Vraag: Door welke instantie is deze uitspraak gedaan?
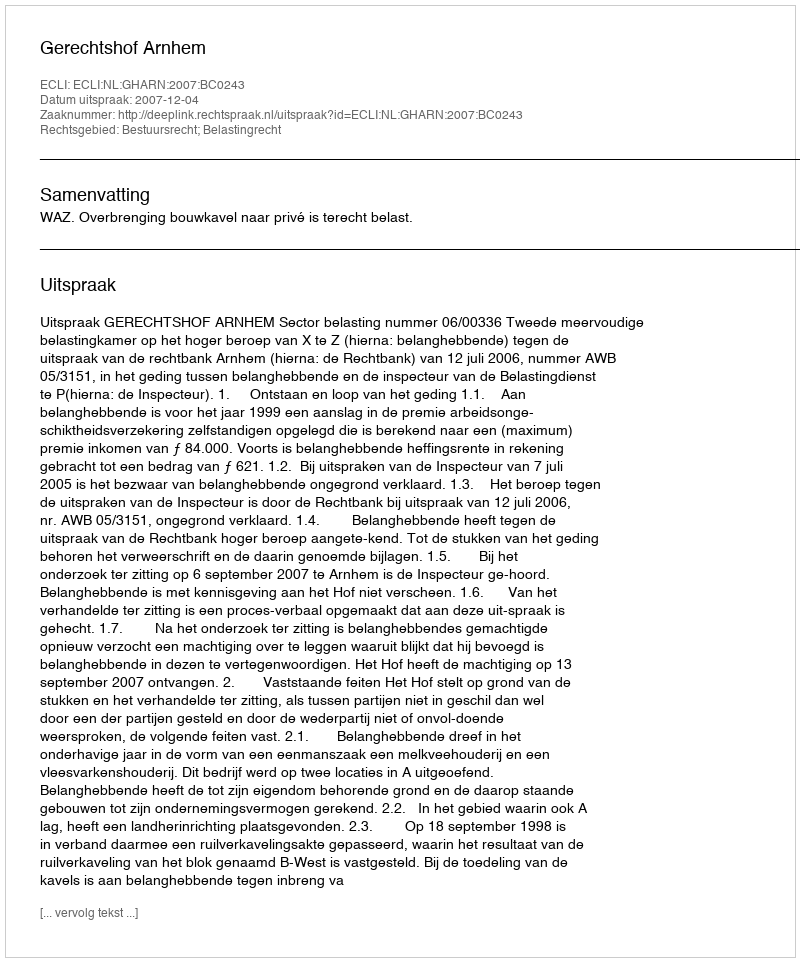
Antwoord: Gerechtshof Arnhem